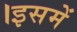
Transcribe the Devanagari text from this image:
।इसमें